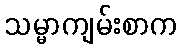
သမ္မာကျမ်းစာက